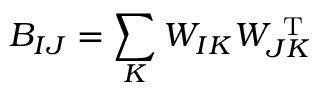
B _ { I J } = \sum _ { K } W _ { I K } W _ { J K } ^ { \mathrm { ~ T ~ } }